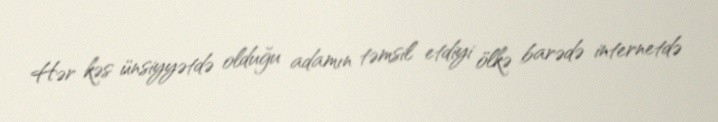
Hər kəs ünsiyyətdə olduğu adamın təmsil etdiyi ölkə barədə internetdə